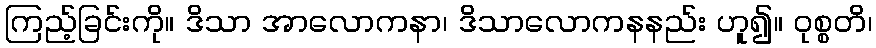
ကြည့်ခြင်းကို။ ဒိသာ အာလောကနာ၊ ဒိသာလောကနနည်း ဟူ၍။ ဝုစ္စတိ၊